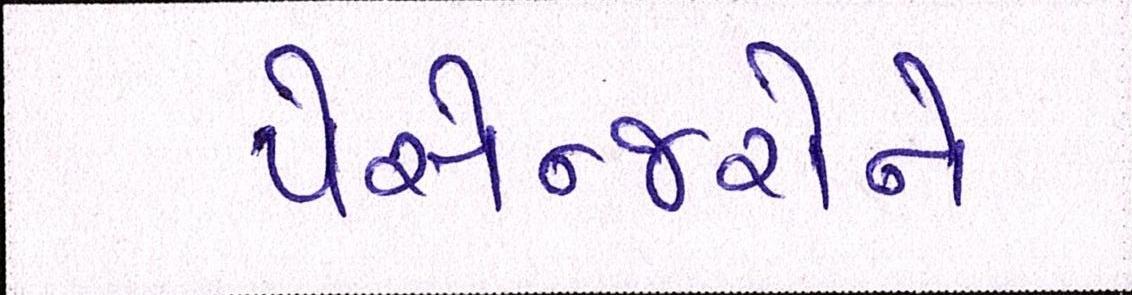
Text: પેસેન્જરોને